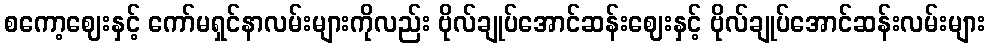
စကော့ဈေးနှင့် ကော်မရှင်နာလမ်းများကိုလည်း ဗိုလ်ချုပ်အောင်ဆန်းဈေးနှင့် ဗိုလ်ချုပ်အောင်ဆန်းလမ်းများ